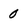
Character: 0